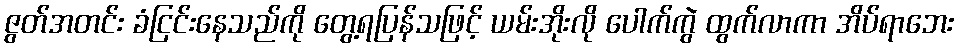
ဇွတ်အတင်း ခံငြင်းနေသည်ကို တွေ့ရပြန်သဖြင့် ယမ်းအိုးလို ပေါက်ကွဲ ထွက်လာကာ အိပ်ရာဘေး